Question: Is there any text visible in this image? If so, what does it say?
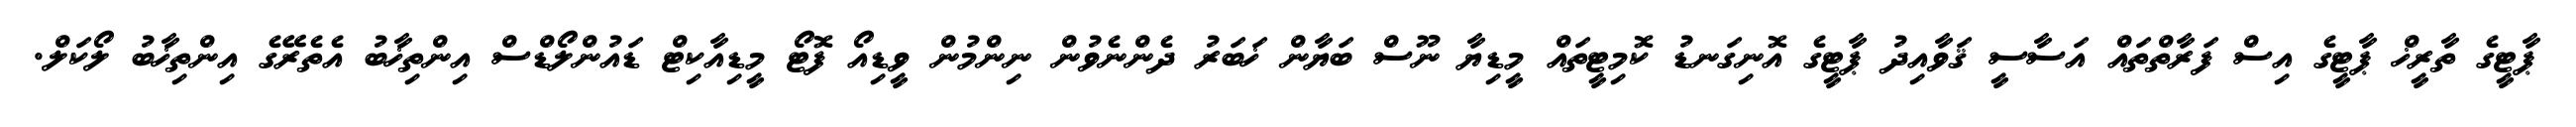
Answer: ޕާޓީގެ ތާރީޚް ޕާޓީގެ އިސް ފަރާތްތައް އަސާސީ ޤަވާއިދު ޕާޓީގެ އޮނިގަނޑު ކޮމިޓީތައް މީޑިޔާ ނޫސް ބަޔާން ޚަބަރު ދެންނެވުން ނިންމުން ވީޑިއޯ ފޮޓޯ މީޑިއާކިޓް ޑައުންލޯޑްސް އިންތިޚާބު އެތެރޭގެ އިންތިޚާބު ލޯކަލް.